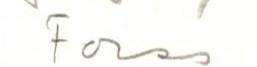
Forss